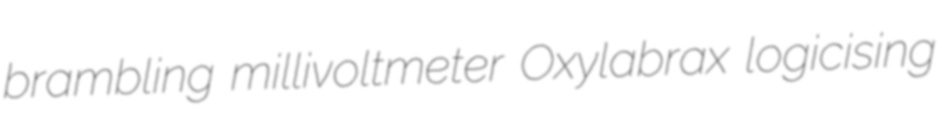
brambling millivoltmeter Oxylabrax logicising